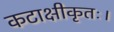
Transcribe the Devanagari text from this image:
कटाक्षीकृतः।